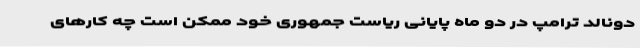
دونالد ترامپ در دو ماه پایانی ریاست جمهوری خود ممکن است چه کارهای